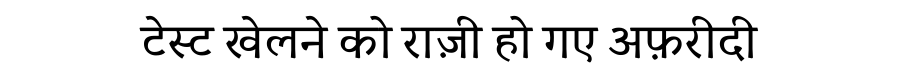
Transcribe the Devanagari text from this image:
टेस्ट खेलने को राज़ी हो गए अफ़रीदी